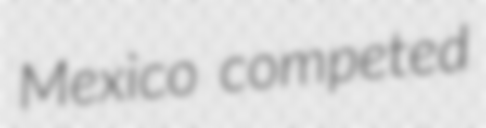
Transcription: Mexico competed